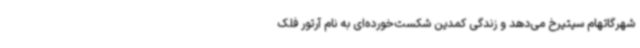
شهرگاتهام سیتیرخ می‌دهد و زندگی کمدین شکست‌خورده‌ای به نام آرتور فلک